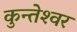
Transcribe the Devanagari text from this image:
कुन्‍तेश्‍वर